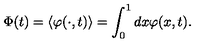
{ \Phi } ( t ) = \left\langle \varphi ( \cdot , t ) \right\rangle = \int _ { 0 } ^ { 1 } d x \varphi ( x , t ) .